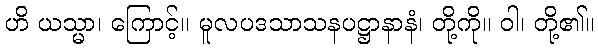
ဟိ ယသ္မာ၊ ကြောင့်။ မူလပဒသာသနပဋ္ဌာနာနံ၊ တို့ကို။ ဝါ၊ တို့၏။